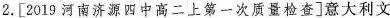
2.[2019河南济源四中高二上第一次质量检查]意大利文